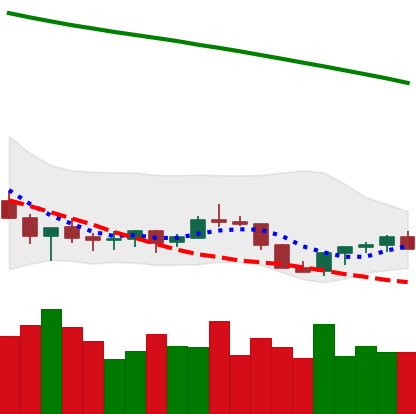
Ticker: XLM-USD
Chart end date: 2022-07-17
Forward return: 5.109%
Label: up_5_7